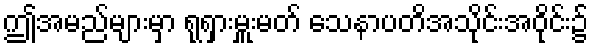
ဤအမည်များမှာ ရုရှားမှူးမတ် သေနာပတိအသိုင်းအဝိုင်း၌